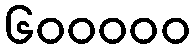
၆၀၀၀၀၀